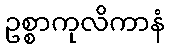
ဥစ္စာကုလိကာနံ